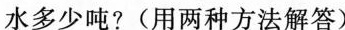
水多少吨?(用两种方法解答)